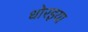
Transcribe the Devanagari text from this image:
धोरइया